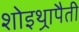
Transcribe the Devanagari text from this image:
शोइथ़्रापैती